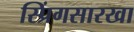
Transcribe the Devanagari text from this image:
स्प्रिंगसारखा